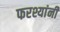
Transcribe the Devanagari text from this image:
फरश्यांनी